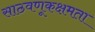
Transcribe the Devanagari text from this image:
साठवणूकक्षमता